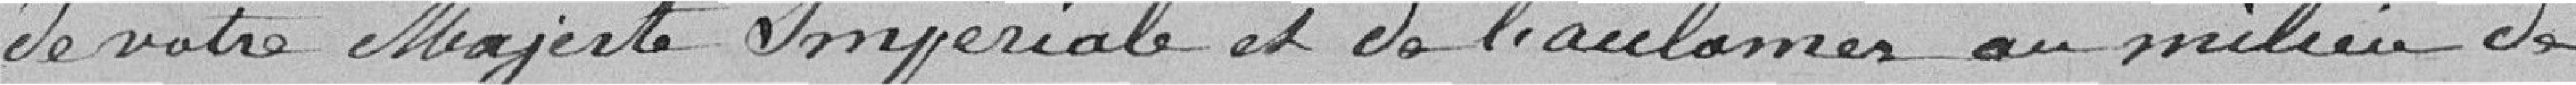
de votre Majesté Impériale et de l'acclamer au millieu de